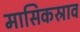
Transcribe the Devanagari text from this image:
मासिकस्राव